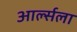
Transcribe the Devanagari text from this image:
आर्ल्सला